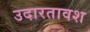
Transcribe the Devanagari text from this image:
उदारतावश